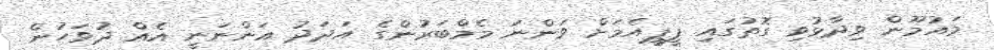
މައުމޫން ވިދާޅުވި ގޮތުގައި ޕީޕީއެމަށް ވަންނަ މެމްބަރުންގެ އަދަދު އަންނަނީ އެއް ދުވަހުން